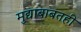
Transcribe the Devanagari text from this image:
मुद्याबाबतही